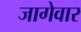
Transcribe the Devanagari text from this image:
जागेवार